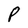
Character: P